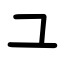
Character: ユ